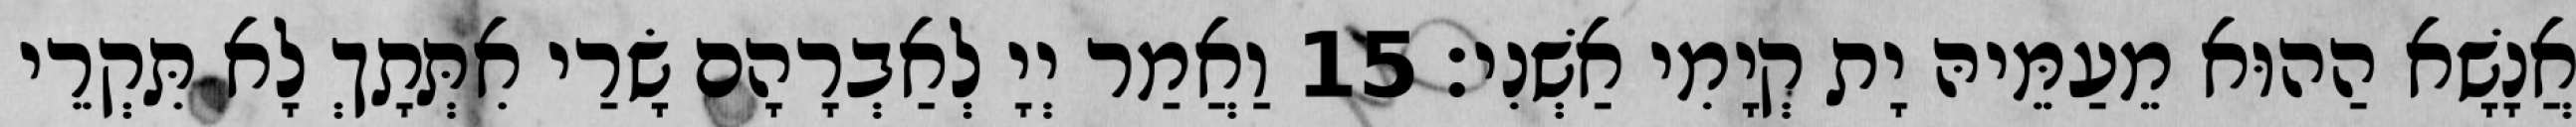
אֲנָשָׁא הַהוּא מֵעַמֵּיהּ יָת קְיָמִי אַשְׁנִי׃ 15 וַאֲמַר יְיָ לְאַבְרָהָם שָׂרַי אִתְּתָךְ לָא תִּקְרֵי